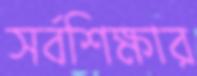
সর্বশিক্ষার